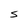
Character: s